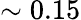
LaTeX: \sim 0.15